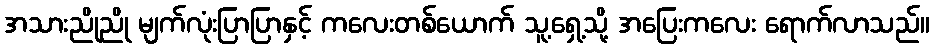
အသားညိုညို မျက်လုံးပြာပြာနှင့် ကလေးတစ်ယောက် သူ့ရှေ့သို့ အပြေးကလေး ရောက်လာသည်။